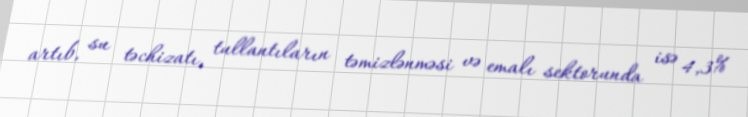
artıb, su təchizatı, tullantıların təmizlənməsi və emalı sektorunda isə 4,3%